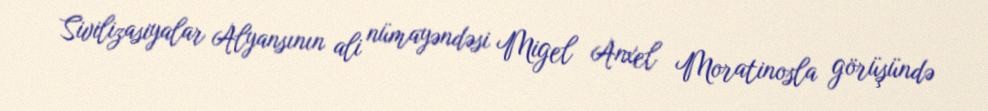
Sivilizasiyalar Alyansının ali nümayəndəsi Migel Anxel Moratinosla görüşündə